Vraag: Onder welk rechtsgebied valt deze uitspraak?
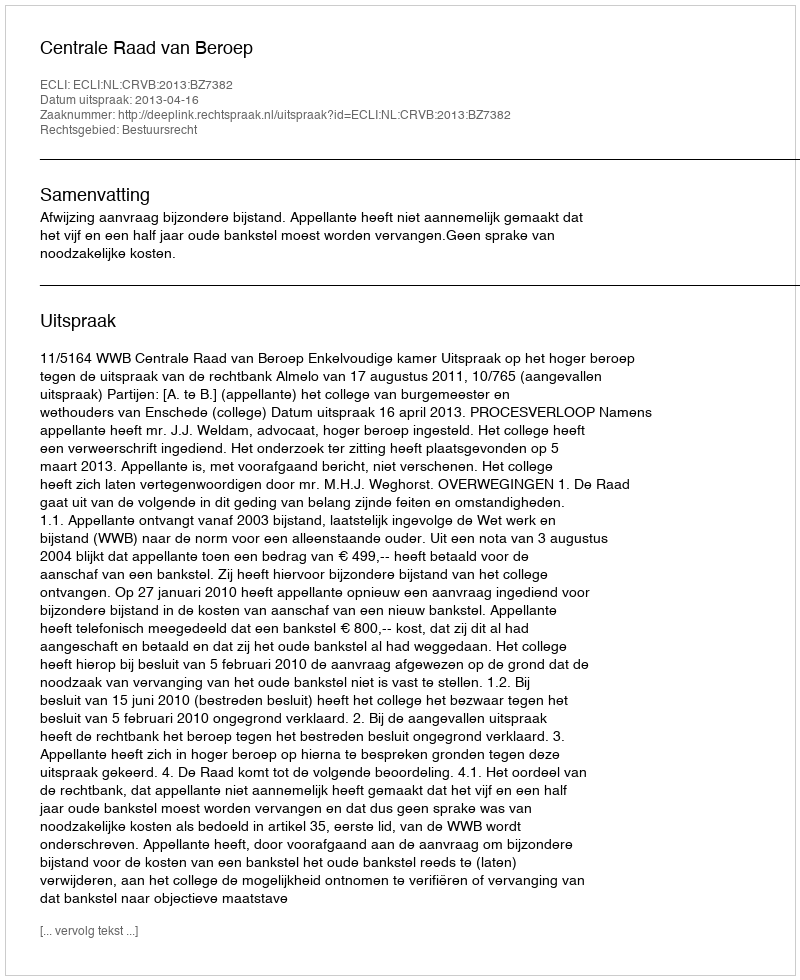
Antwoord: Bestuursrecht